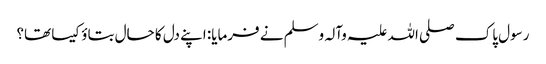
رسول پاک صلی اللہ علیہ وآلہ وسلم نے فرمایا: اپنے دل کا حال بتاؤ کیسا تھا؟